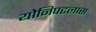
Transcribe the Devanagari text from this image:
योनिपटलास